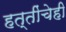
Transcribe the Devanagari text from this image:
हत्तींचेही